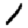
Digit: 1